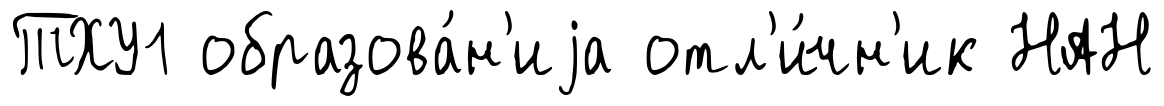
ТХУ1 образова́н'иjа отл'и́чн'ик НАН